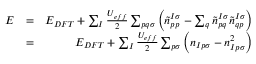
\begin{array} { r l r } { E } & { = } & { E _ { D F T } + \sum _ { I } \frac { U _ { e f f } } { 2 } \sum _ { p q \sigma } \left( \tilde { n } _ { p p } ^ { I \sigma } - \sum _ { q } \tilde { n } _ { p q } ^ { I \sigma } \tilde { n } _ { q p } ^ { I \sigma } \right) } \\ & { = } & { E _ { D F T } + \sum _ { I } \frac { U _ { e f f } } { 2 } \sum _ { p \sigma } \left( n _ { I p \sigma } - n _ { I p \sigma } ^ { 2 } \right) } \end{array}